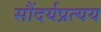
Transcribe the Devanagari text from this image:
सौंदर्यप्रत्यय